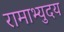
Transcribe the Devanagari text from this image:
रामाभ्युदय